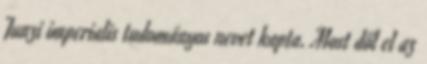
Junzi imperialis tudományos nevet kapta. Most dől el az